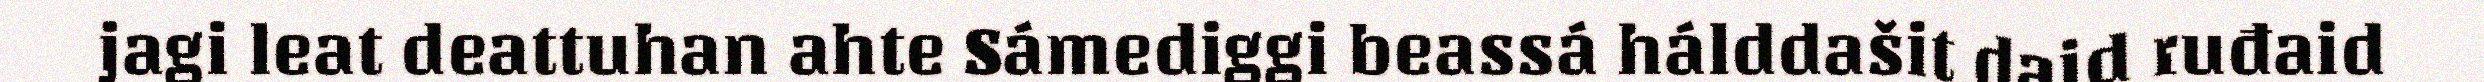
jagi leat deattuhan ahte Sámediggi beassá hálddašit daid ruđaid